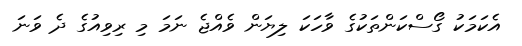
އެކަމަކު ގޯސްކަންތަކުގެ ވާހަކަ ލިޔަން ވެއްޖެ ނަމަ މި ރިވިއުގެ ދެ ވަނަ